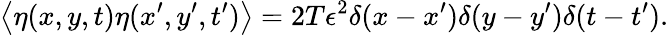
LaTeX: \left\langle\eta(x,y,t)\eta(x^{\prime},y^{\prime},t^{\prime})\right\rangle=2T\epsilon^{2}\delta(x-x^{\prime})\delta(y-y^{\prime})\delta(t-t^{\prime}).